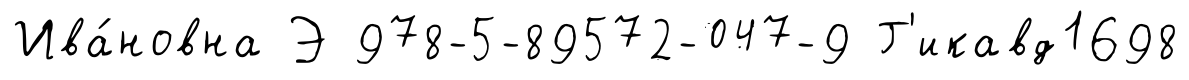
Ива́новна Э 978-5-89572-047-9 Г'икавд1698